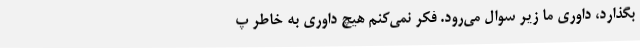
بگذارد، داوری ما زیر سوال می‌رود. فکر نمی‌کنم هیچ داوری به خاطر پ